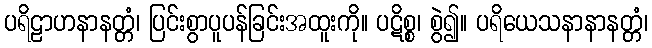
ပရိဠာဟနာနတ္တံ၊ ပြင်းစွာပူပန်ခြင်းအထူးကို။ ပဋိစ္စ၊ စွဲ၍။ ပရိယေသနာနာနတ္တံ၊